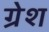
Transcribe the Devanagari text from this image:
ग्रेश